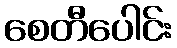
စေတီပေါင်း